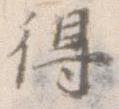
得